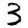
Digit: 3